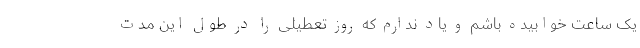
یک ساعت خوابیده باشم و یاد ندارم که روز تعطیلی را در طول این مدت